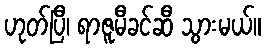
ဟုတ်ပြီ၊ ရာဇူမီခင်ဆီ သွားမယ်။